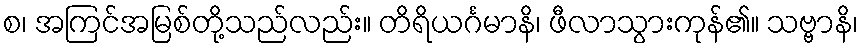
စ၊ အကြင်အမြစ်တို့သည်လည်း။ တိရိယင်္ဂမာနိ၊ ဖီလာသွားကုန်၏။ သဗ္ဗာနိ၊